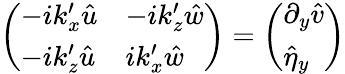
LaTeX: \left(\begin{array}{ll}{-ik_{x}^{\prime}\hat{u}}&{-ik_{z}^{\prime}\hat{w}}\\ {-ik_{z}^{\prime}\hat{u}}&{ik_{x}^{\prime}\hat{w}}\end{array}\right)=\left(\begin{array}{l}{\partial_{y}\hat{v}}\\ {\hat{\eta}_{y}}\end{array}\right)